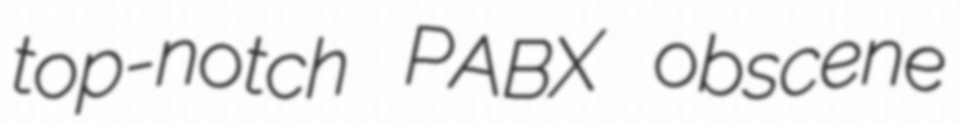
top-notch PABX obscene